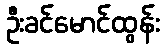
ဦးခင်မောင်ထွန်း